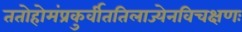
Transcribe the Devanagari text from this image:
ततोहोमंप्रकुर्वीततिलाज्येनविचक्षणः